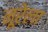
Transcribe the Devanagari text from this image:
नूरेला